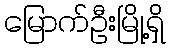
မြောက်ဦးမြို့ရှိ